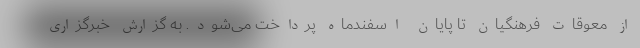
از معوقات فرهنگیان تا پایان اسفندماه پرداخت می‌شود. به گزارش خبرگزاری